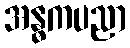
အန္ဓကပညာ